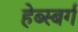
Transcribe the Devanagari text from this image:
हेब्स्बर्ग